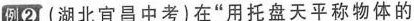
例② (湖北宜昌中考)在”用托盘天平称物体的